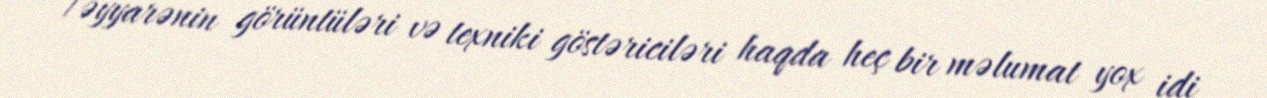
Təyyarənin görüntüləri və texniki göstəriciləri haqda heç bir məlumat yox idi